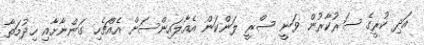
އަދި ކުރީގެ ސަރުކާރުން ވަނީ ސްރީ ލަންކަން އެއާލައިންސަށް އެއްޗެހި ގަންނާށާއި ހިދުމަތާ